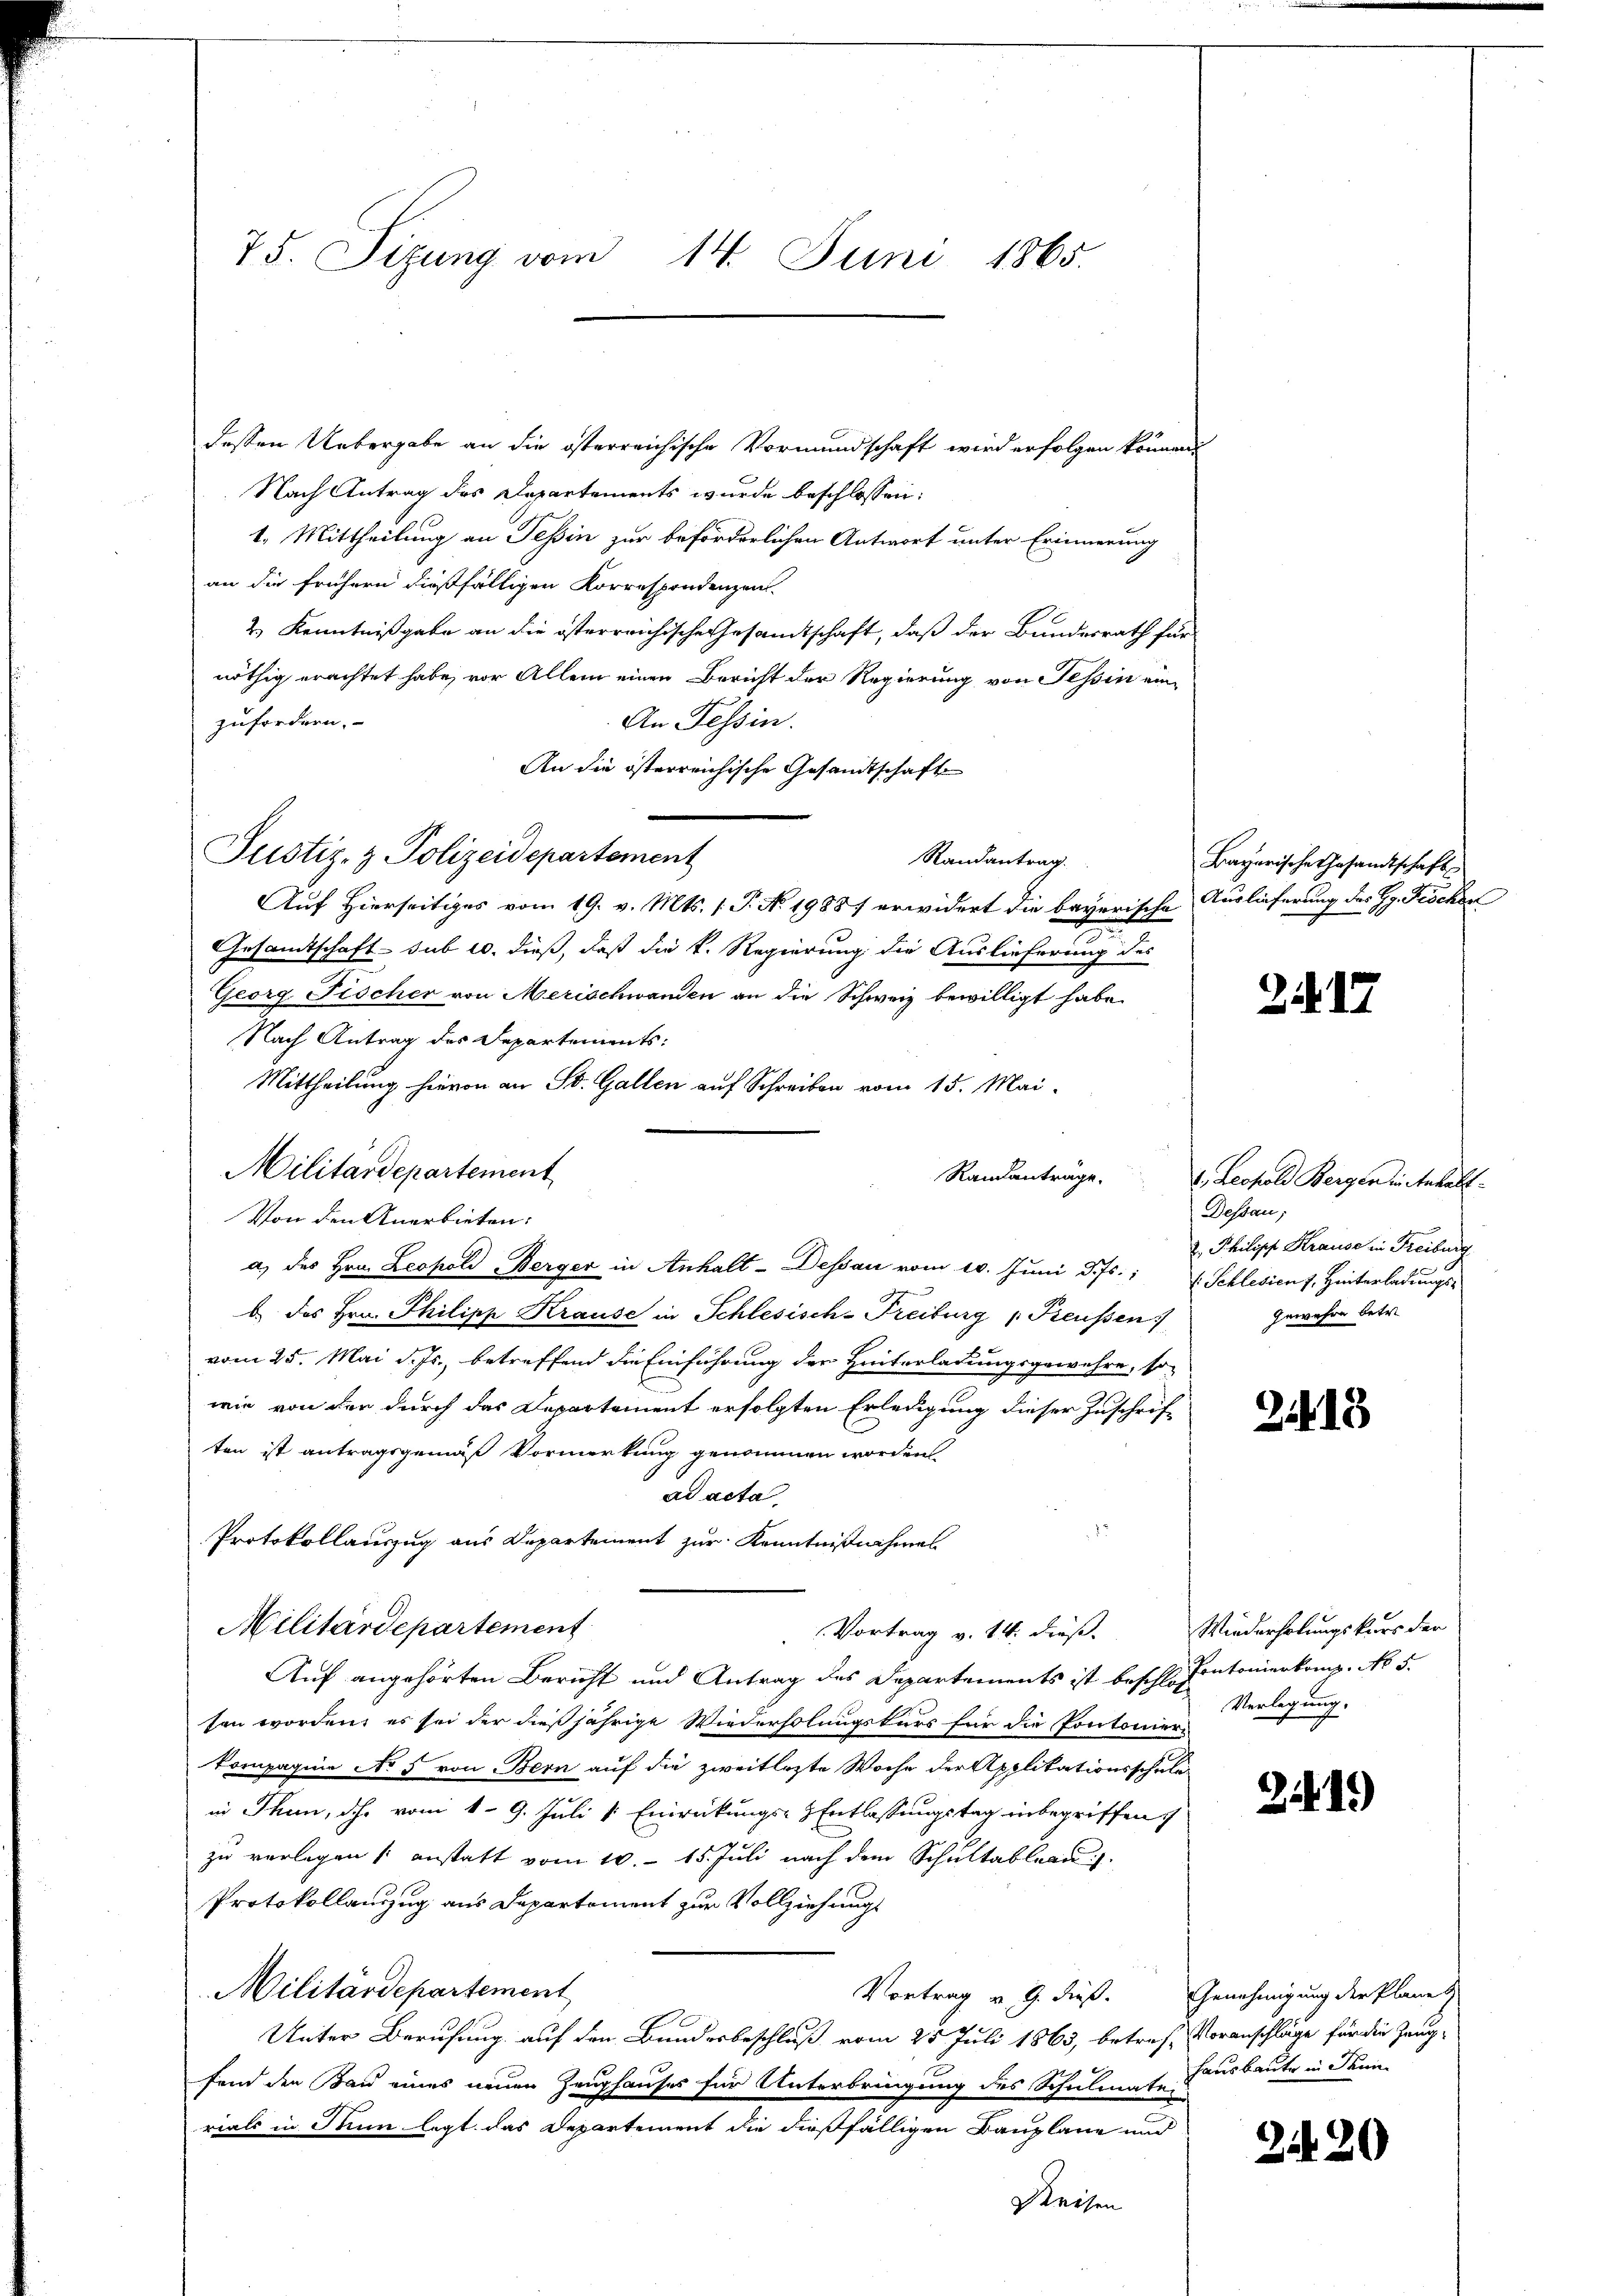
75. Sizung vom 14. Juni 1865.

dessen Uebergabe an die österreichische Vormundschaft wird erfolgen können.
Nach Antrag des Departements wurde beschlossen:

1. Mittheilung an Tessin zur beförderlichen Antwort unter Erinnerung
an die frühern dießfälligen Korrespondenzen.
2.) Kenntnißgabe an die österreichische Gesandtschaft, daß der Bundesrath für
nöthig erachtet habe, vor Allem einen Bericht der Regierung von Tessin ein¬
An Tessin.
zufordern.
An die österreichische Gesandtschaft
Justiz- & Polizeidepartement
Randantrag.
Auf Hierseitiges vom 19. v. Mts. (T. No 19887 erwidert die bayerische Auslieferung des Hr. Fischen
Gesandtschaft sub 20. dieß, daß die k. Regierung die Auslieferung des
Georg Fischer von Merischwanden an die Schweiz bewilligt habe.
Nach Antrag des Departements:
Mittheilung hievon an St. Gallen auf Schreiben vom 15. Mai.
Militärdepartement
Randanträge.
Von den Anerbieten.
a) des Hrn. Leopold Berger in Anhalt-Dessau vom 10. Juni d. Js.: Schlesien s. Hinterladungs-
b. des Hrn. Philipp Krause in Schlesisch-Freiburg " Freussen
vom 25. Mai d. Js., betreffend die Einführung der Hinterladungsgewehre, so
wie von den durch das Departement erfolgten Erledigung dieser Zuschrif-
ten ist antragsgemäß Vormerkung genommen worden.
ad acta
Protokollauszug aus Departement zur Kenntnißnahmes
Militärdepartement
Vortrag v. 14. dieß. Wiederholungskurs der
Auf angehörten Bericht und Antrag des Departements ist beschlosentanerkamp. No 5.
ten worden, es sei der dießjährige Wiederholungskurs für die Pontonierkompagnie No 5 von Bern auf die zweitlezte Woche der Applitationsschule
in Thun, dh. vom 1. 9. Juli v. Einrückungs-Entlassungstag inbegriffen.
zu verlegen anstatt vom 10. 15. Juli nach dem Schultableau.
Protokollanzug aus Departement zur Vollziehungs
n
Militärdepartement
Vortrag v. 9. dieß. Genehmigung der Planes
Unter Berufung auf den Bundesbeschluß vom 25. Juli 1863, betreff Voranschläge für die Zeug¬

fend den Bau eines neuen Zeughauses für Unterbringung des Schulmate Hausbaute in Senn-
rials in dann legt das Departement die dießfälligen Bauplane und
Deeisen

Bayerische Gesandtschaft

2. d. 17.

1. Lechold Bergerinterhalt
Dessau;
2. Philipp Krause in Freiburg
Gewahre betr.

213

Verlegung.

241)

2420